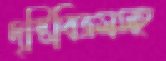
দৃষ্টিবিভ্রমসহ